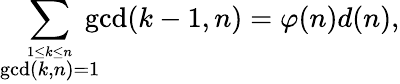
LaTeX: \sum_{\stackrel{1\leq k\leq n}{\operatorname*{gcd}(k,n)=1}}\! \! \! \! \operatorname*{gcd}(k-1,n)=\varphi(n)d(n),